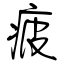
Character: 疲